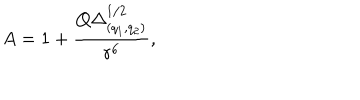
LaTeX: A = 1 + { \frac { Q \Delta _ { ( q _ { 1 } , q _ { 2 } ) } ^ { 1 / 2 } } { r ^ { 6 } } } ,